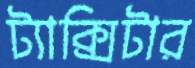
ট্যাক্সিটার